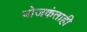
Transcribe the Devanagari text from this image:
योजकंताही